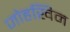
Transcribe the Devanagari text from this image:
जोहखिम